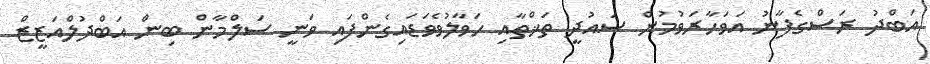
އަބްދު ރަސްގެފާނު އަވަހާރަވުމުން ސައުދީ ތަޚްތާއި ހަވާލުވެވަޑައިގެންފައި ވަނީ ސަލްމާން ބިން އަބްދުލްއަޒީޒް